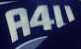
A4U